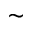
\sim